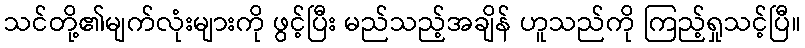
သင်တို့၏မျက်လုံးများကို ဖွင့်ပြီး မည်သည့်အချိန် ဟူသည်ကို ကြည့်ရှုသင့်ပြီ။